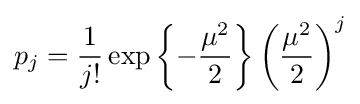
p_{j}={\frac {1}{j!}}\exp \left\{-{\frac {\mu ^{2}}{2}}\right\}\left({\frac {\mu ^{2}}{2}}\right)^{j}